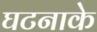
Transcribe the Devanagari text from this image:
घटनाके